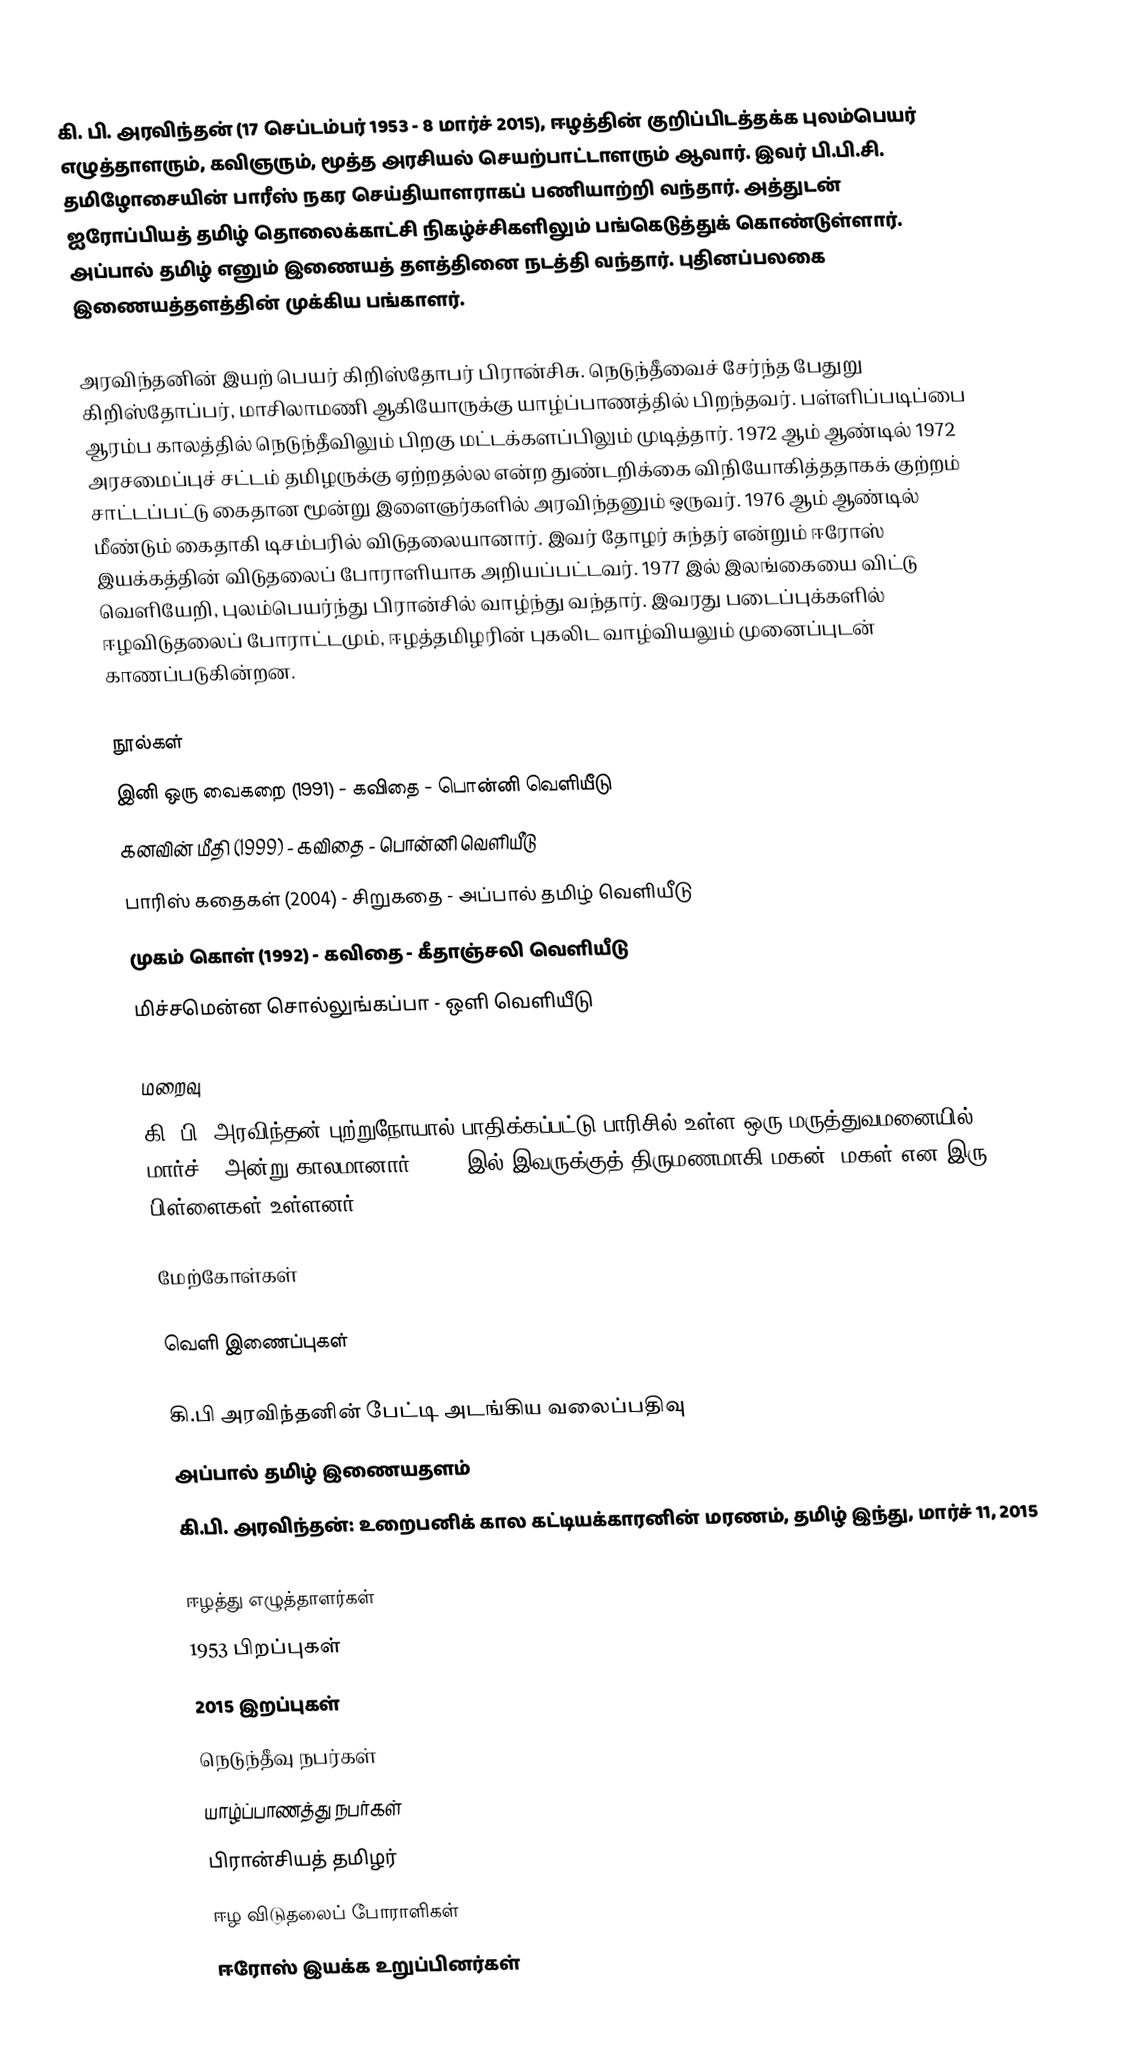
கி. பி. அரவிந்தன் (17 செப்டம்பர் 1953 - 8 மார்ச் 2015), ஈழத்தின் குறிப்பிடத்தக்க புலம்பெயர் எழுத்தாளரும், கவிஞரும், மூத்த அரசியல் செயற்பாட்டாளரும் ஆவார். இவர் பி.பி.சி. தமிழோசையின் பாரீஸ் நகர செய்தியாளராகப் பணியாற்றி வந்தார். அத்துடன் ஐரோப்பியத் தமிழ் தொலைக்காட்சி நிகழ்ச்சிகளிலும் பங்கெடுத்துக் கொண்டுள்ளார். அப்பால் தமிழ் எனும் இணையத் தளத்தினை நடத்தி வந்தார். புதினப்பலகை இணையத்தளத்தின் முக்கிய பங்காளர்.

அரவிந்தனின் இயற் பெயர் கிறிஸ்தோபர் பிரான்சிசு. நெடுந்தீவைச் சேர்ந்த பேதுறு கிறிஸ்தோப்பர், மாசிலாமணி ஆகியோருக்கு யாழ்ப்பாணத்தில் பிறந்தவர். பள்ளிப்படிப்பை ஆரம்ப காலத்தில் நெடுந்தீவிலும் பிறகு மட்டக்களப்பிலும் முடித்தார். 1972 ஆம் ஆண்டில் 1972 அரசமைப்புச் சட்டம் தமிழருக்கு ஏற்றதல்ல என்ற துண்டறிக்கை விநியோகித்ததாகக் குற்றம் சாட்டப்பட்டு கைதான மூன்று இளைஞர்களில் அரவிந்தனும் ஒருவர். 1976 ஆம் ஆண்டில் மீண்டும் கைதாகி டிசம்பரில் விடுதலையானார். இவர் தோழர் சுந்தர் என்றும் ஈரோஸ் இயக்கத்தின் விடுதலைப் போராளியாக அறியப்பட்டவர். 1977 இல் இலங்கையை விட்டு வெளியேறி, புலம்பெயர்ந்து பிரான்சில் வாழ்ந்து வந்தார். இவரது படைப்புக்களில் ஈழவிடுதலைப் போராட்டமும், ஈழத்தமிழரின் புகலிட வாழ்வியலும் முனைப்புடன் காணப்படுகின்றன.

நூல்கள்
 இனி ஒரு வைகறை (1991) - கவிதை - பொன்னி வெளியீடு
 கனவின் மீதி (1999) - கவிதை - பொன்னி வெளியீடு
 பாரிஸ் கதைகள் (2004) - சிறுகதை - அப்பால் தமிழ் வெளியீடு
 முகம் கொள் (1992) - கவிதை - கீதாஞ்சலி வெளியீடு
 மிச்சமென்ன சொல்லுங்கப்பா - ஒளி வெளியீடு

மறைவு
கி. பி. அரவிந்தன் புற்றுநோயால் பாதிக்கப்பட்டு பாரிசில் உள்ள ஒரு மருத்துவமனையில் 2015 மார்ச் 8 அன்று காலமானார். 1990 இல் இவருக்குத் திருமணமாகி மகன், மகள் என இரு பிள்ளைகள் உள்ளனர்.

மேற்கோள்கள்

வெளி இணைப்புகள்

கி.பி அரவிந்தனின் பேட்டி அடங்கிய வலைப்பதிவு
அப்பால் தமிழ் இணையதளம்
கி.பி. அரவிந்தன்: உறைபனிக் கால கட்டியக்காரனின் மரணம், தமிழ் இந்து, மார்ச் 11, 2015

ஈழத்து எழுத்தாளர்கள்
1953 பிறப்புகள்
2015 இறப்புகள்
நெடுந்தீவு நபர்கள்
யாழ்ப்பாணத்து நபர்கள்
பிரான்சியத் தமிழர்
ஈழ விடுதலைப் போராளிகள்
ஈரோஸ் இயக்க உறுப்பினர்கள்